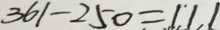
3 6 1 - 2 5 0 = 1 1 1